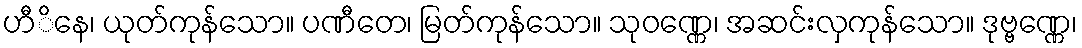
ဟီိနေ၊ ယုတ်ကုန်သော။ ပဏီတေ၊ မြတ်ကုန်သော။ သုဝဏ္ဏေ၊ အဆင်းလှကုန်သော။ ဒုဗ္ဗဏ္ဏေ၊